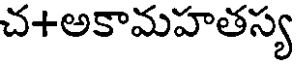
చ+అకామహతస్య